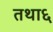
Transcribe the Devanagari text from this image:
तथा६